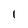
Character: l